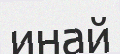
инай